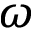
\omega